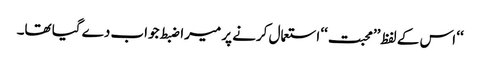
‘‘ اس کے لفظ’’محبت‘‘ استعمال کرنے پر میرا ضبط جواب دے گیا تھا۔